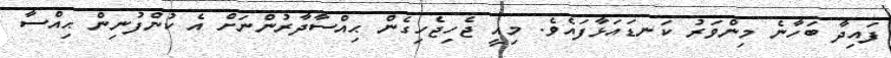
ފައިދާ ބަހާނެ މިންވަރު ކަނޑައަޅާފައެވެ. މިއީ ޖެހިޖެހިގެން ޙިއްސާދާރުންނަށް އެ ކުންފުނިން ޙިއްސާ